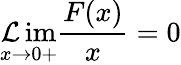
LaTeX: \operatorname*{\mathcal{L}im}_{x\rightarrow0+}\frac{{F(x)}}{{x}}=0